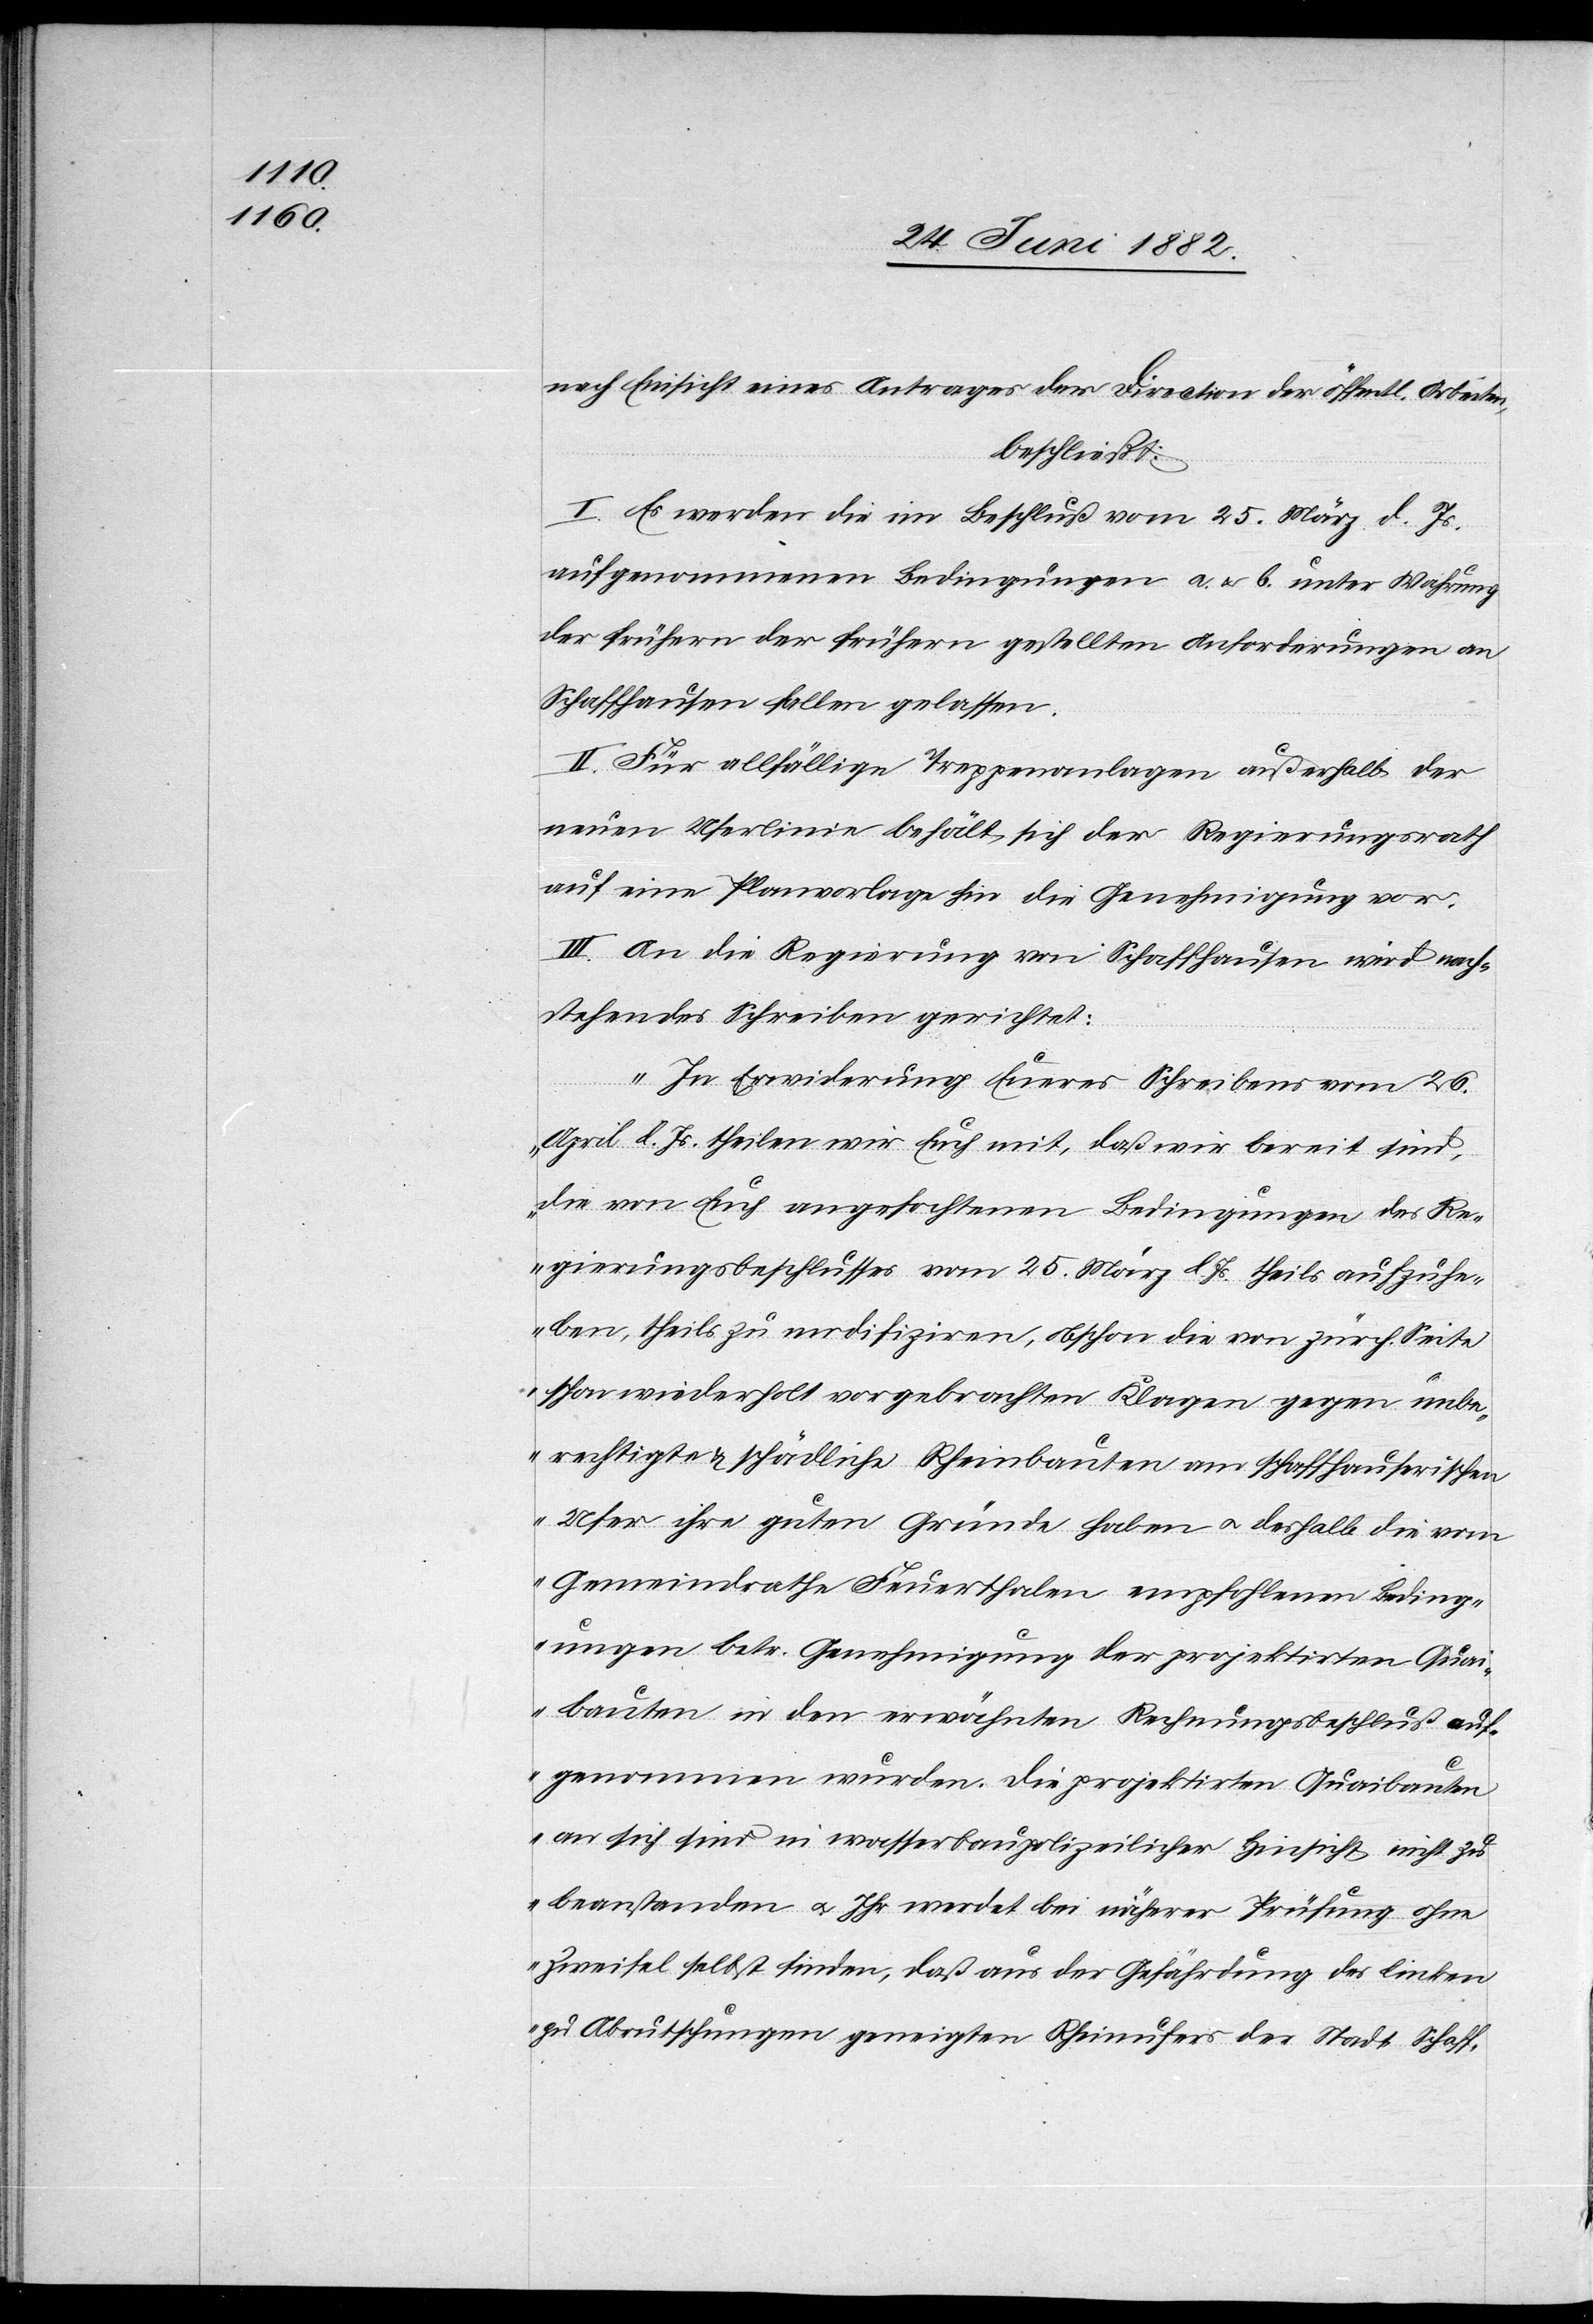
nach Einsicht eines Antrages der Direction der öffentl. Arbeiten,
beschließt:
I. Es werden die im Beschluß vom 25. März d. Js.
aufgenommenen Bedingungen a u. b unter Wahrung
der frühern der frühern [sic!] gestellten Anforderungen an
Schaffhausen fallen gelassen.
II. Für allfällige Treppenanlagen außerhalb der
neuen Uferlinie behält sich der Regierungsrath
auf eine Planvorlage hin die Genehmigung vor.
III. An die Regierung von Schaffhausen wird nach¬
stehendes Schreiben gerichtet:
„In Erwiderung Eueres Schreibens vom 26.
April l. Js. theilen wir Euch mit, daß wir bereit sind,
die von Euch angefochtenen Bedingungen des Re¬
gierungsbeschlusses vom 25. März l. Js. theils aufzuhe¬
ben, theils zu modifiziren, obschon die von zürch. Seite
schon wiederholt vorgebrachten Klagen gegen unbe¬
rechtigte & schädliche Rheinbauten am schaffhauserischen
Ufer ihre guten Gründe haben u. deshalb die vom
Gemeindrathe Feuerthalen empfohlenen Beding¬
ungen betr. Genehmigung der projektirten Quai¬
bauten in den erwähnten Rechnungsbeschluß [recte:
aufgenommen wurden. Die projektirten Quaibauten
an sich sind in wasserbaupolizeilicher Hinsicht nicht zu
beanstanden u. Ihr werdet bei näherer Prüfung ohne
Zweifel selbst finden, daß aus der Gefährdung des linken
zu Abrutschungen geneigten Rheinufers der Stadt Schaff-